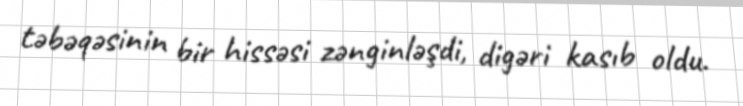
təbəqəsinin bir hissəsi zənginləşdi, digəri kasıb oldu.